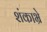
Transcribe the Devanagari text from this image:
शंकाभ्रे